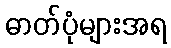
ဓာတ်ပုံများအရ